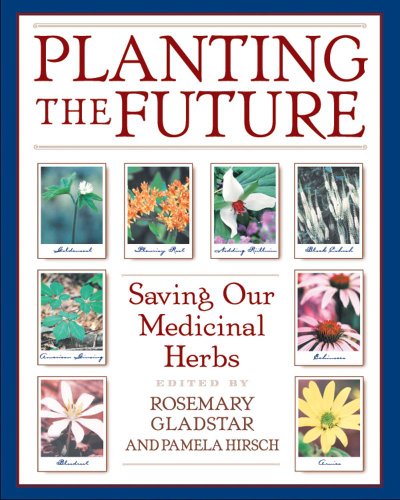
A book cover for Planting the Future: Saving Our Medicinal Herbs; Rosemary Gladstar; Crafts, Hobbies & Home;